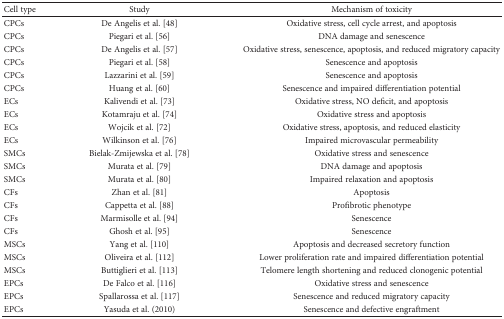
<table><thead><tr><td><b>Cell type</b></td><td><b>Study</b></td><td><b>Mechanism of toxicity</b></td></tr></thead><tbody><tr><td>CPCs</td><td>De Angelis et al. [48]</td><td>Oxidative stress, cell cycle arrest, and apoptosis</td></tr><tr><td>CPCs</td><td>Piegari et al. [56]</td><td>DNA damage and senescence</td></tr><tr><td>CPCs</td><td>De Angelis et al. [57]</td><td>Oxidative stress, senescence, apoptosis, and reduced migratory capacity</td></tr><tr><td>CPCs</td><td>Piegari et al. [58]</td><td>Senescence and apoptosis</td></tr><tr><td>CPCs</td><td>Lazzarini et al. [59]</td><td>Senescence and apoptosis</td></tr><tr><td>CPCs</td><td>Huang et al. [60]</td><td>Senescence and impaired differentiation potential</td></tr><tr><td>ECs</td><td>Kalivendi et al. [73]</td><td>Oxidative stress, NO deficit, and apoptosis</td></tr><tr><td>ECs</td><td>Kotamraju et al. [74]</td><td>Oxidative stress and apoptosis</td></tr><tr><td>ECs</td><td>Wojcik et al. [72]</td><td>Oxidative stress, apoptosis, and reduced elasticity</td></tr><tr><td>ECs</td><td>Wilkinson et al. [76]</td><td>Impaired microvascular permeability</td></tr><tr><td>SMCs</td><td>Bielak-Zmijewska et al. [78]</td><td>Oxidative stress and senescence</td></tr><tr><td>SMCs</td><td>Murata et al. [79]</td><td>DNA damage and apoptosis</td></tr><tr><td>SMCs</td><td>Murata et al. [80]</td><td>Impaired relaxation and apoptosis</td></tr><tr><td>CFs</td><td>Zhan et al. [81]</td><td>Apoptosis</td></tr><tr><td>CFs</td><td>Cappetta et al. [88]</td><td>Profibrotic phenotype</td></tr><tr><td>CFs</td><td>Marmisolle et al. [94]</td><td>Senescence</td></tr><tr><td>CFs</td><td>Ghosh et al. [95]</td><td>Senescence</td></tr><tr><td>MSCs</td><td>Yang et al. [110]</td><td>Apoptosis and decreased secretory function</td></tr><tr><td>MSCs</td><td>Oliveira et al. [112]</td><td>Lower proliferation rate and impaired differentiation potential</td></tr><tr><td>MSCs</td><td>Buttiglieri et al. [113]</td><td>Telomere length shortening and reduced clonogenic potential</td></tr><tr><td>EPCs</td><td>De Falco et al. [116]</td><td>Oxidative stress and senescence</td></tr><tr><td>EPCs</td><td>Spallarossa et al. [117]</td><td>Senescence and reduced migratory capacity</td></tr><tr><td>EPCs</td><td>Yasuda et al. (2010)</td><td>Senescence and defective engraftment</td></tr></tbody></table>